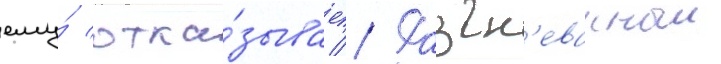
ему́ отка́зывает // Разгн'еванныи